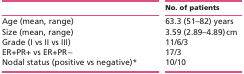
<table><thead><tr><td>[EMPTY_CELL]</td><td><b>No. of patients</b></td></tr></thead><tbody><tr><td>Age (mean, range)</td><td>63.3 (51–82) years</td></tr><tr><td>Size (mean, range)</td><td>3.59 (2.89–4.89) cm</td></tr><tr><td>Grade (I vs II vs III)</td><td>11/6/3</td></tr><tr><td>ER+PR+ vs ER+PR−</td><td>17/3</td></tr><tr><td>Nodal status (positive vs negative)*</td><td>10/10</td></tr></tbody></table>